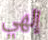
إلهي